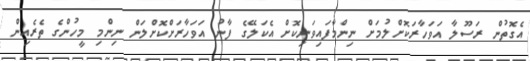
އެގޮތުން ރަސޫލާ އަވަހާރަކޮށްލުމަށް ނިންމާފައިވަނިކޮށް އެކަލޭގެ ފާނު އަވަހާރަށްކޮށްލަން ނިންމި މީހުންގެ ތެރެއިން